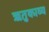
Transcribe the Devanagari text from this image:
ॠतुकाव्य